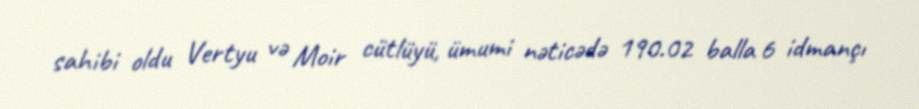
sahibi oldu Vertyu və Moir cütlüyü, ümumi nəticədə 190.02 balla 6 idmançı